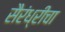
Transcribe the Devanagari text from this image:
सैरंध्रीचा